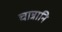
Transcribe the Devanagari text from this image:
चान्नानि